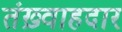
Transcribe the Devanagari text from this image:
तंख़्वाहदार